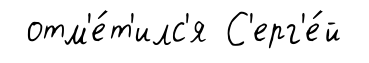
отм'е́т'илс'я С'ерг'е́й